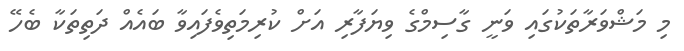
މި މަޝްވަރާތަކުގައި ވަނީ ގާސިމްގެ ވިޔަފާރި އަށް ކުރިމަތިވެފައިވާ ބައެއް ދަތިތަކާ ބެހޭ